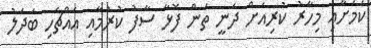
ކަމަށާއި މިހާރު ކުރިއަށް ދަނީ ތަން ފޮޅާ ސާފު ކުރުމާއި އެއްޗެހި ބަދަލު